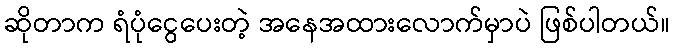
ဆိုတာက ရံပုံငွေပေးတဲ့ အနေအထားလောက်မှာပဲ ဖြစ်ပါတယ်။